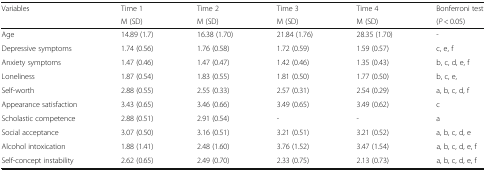
<table><thead><tr><td rowspan="2"><b>Variables</b></td><td><b>Time 1</b></td><td><b>Time 2</b></td><td><b>Time 3</b></td><td><b>Time 4</b></td><td><b>Bonferroni test</b></td></tr><tr><td><b>M (SD)</b></td><td><b>M (SD)</b></td><td><b>M (SD)</b></td><td><b>M (SD)</b></td><td><b>(<i>P</i> &lt; 0.05)</b></td></tr></thead><tbody><tr><td>Age</td><td>14.89 (1.7)</td><td>16.38 (1.70)</td><td>21.84 (1.76)</td><td>28.35 (1.70)</td><td>-</td></tr><tr><td>Depressive symptoms</td><td>1.74 (0.56)</td><td>1.76 (0.58)</td><td>1.72 (0.59)</td><td>1.59 (0.57)</td><td>c, e, f</td></tr><tr><td>Anxiety symptoms</td><td>1.47 (0.46)</td><td>1.47 (0.47)</td><td>1.42 (0.46)</td><td>1.35 (0.43)</td><td>b, c, d, e, f</td></tr><tr><td>Loneliness</td><td>1.87 (0.54)</td><td>1.83 (0.55)</td><td>1.81 (0.50)</td><td>1.77 (0.50)</td><td>b, c, e,</td></tr><tr><td>Self-worth</td><td>2.88 (0.55)</td><td>2.55 (0.33)</td><td>2.57 (0.31)</td><td>2.54 (0.29)</td><td>a, b, c, d, f</td></tr><tr><td>Appearance satisfaction</td><td>3.43 (0.65)</td><td>3.46 (0.66)</td><td>3.49 (0.65)</td><td>3.49 (0.62)</td><td>c</td></tr><tr><td>Scholastic competence</td><td>2.88 (0.51)</td><td>2.91 (0.54)</td><td>-</td><td>-</td><td>a</td></tr><tr><td>Social acceptance</td><td>3.07 (0.50)</td><td>3.16 (0.51)</td><td>3.21 (0.51)</td><td>3.21 (0.52)</td><td>a, b, c, d, e</td></tr><tr><td>Alcohol intoxication</td><td>1.88 (1.41)</td><td>2.48 (1.60)</td><td>3.76 (1.52)</td><td>3.47 (1.54)</td><td>a, b, c, d, e, f</td></tr><tr><td>Self-concept instability</td><td>2.62 (0.65)</td><td>2.49 (0.70)</td><td>2.33 (0.75)</td><td>2.13 (0.73)</td><td>a, b, c, d, e, f</td></tr></tbody></table>